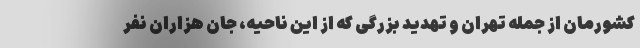
کشورمان از جمله تهران و تهدید بزرگی که از این ناحیه، جان هزاران نفر